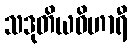
သဒုတိယဝိဟာရီ